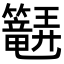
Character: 𬖆